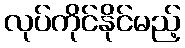
လုပ်ကိုင်နိုင်မည့်